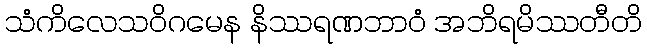
သံကိလေသဝိဂမေန နိဿရဏဘာဝံ အဘိရမိဿတီတိ